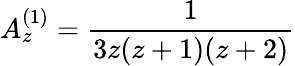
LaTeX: A_{z}^{(1)}=\frac{1}{3z(z+1)(z+2)}